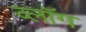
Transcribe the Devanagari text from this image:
व्लॉग